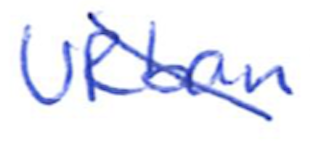
Text: URban
Cross-out: diagonal
Writing tool: ballpoint